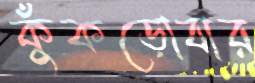
কুঁকড়োবার